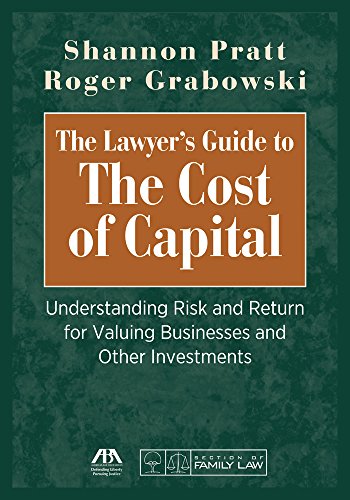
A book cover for The Lawyer's Guide to the Cost of Capital: Understanding Risk and Return for Valuing Businesses and Other Investments; Shannon Pratt; Business & Money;